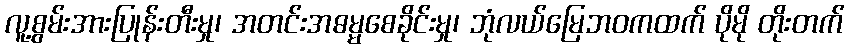
လူ့စွမ်းအားပြုန်းတီးမှု၊ အတင်းအဓမ္မစေခိုင်းမှု၊ ဘုံလယ်မြေဘဝကထက် ပိုမို တိုးတက်